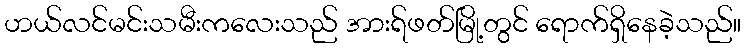
ဟယ်လင်မင်းသမီးကလေးသည် အားရ်ဖတ်မြို့တွင် ရောက်ရှိနေခဲ့သည်။